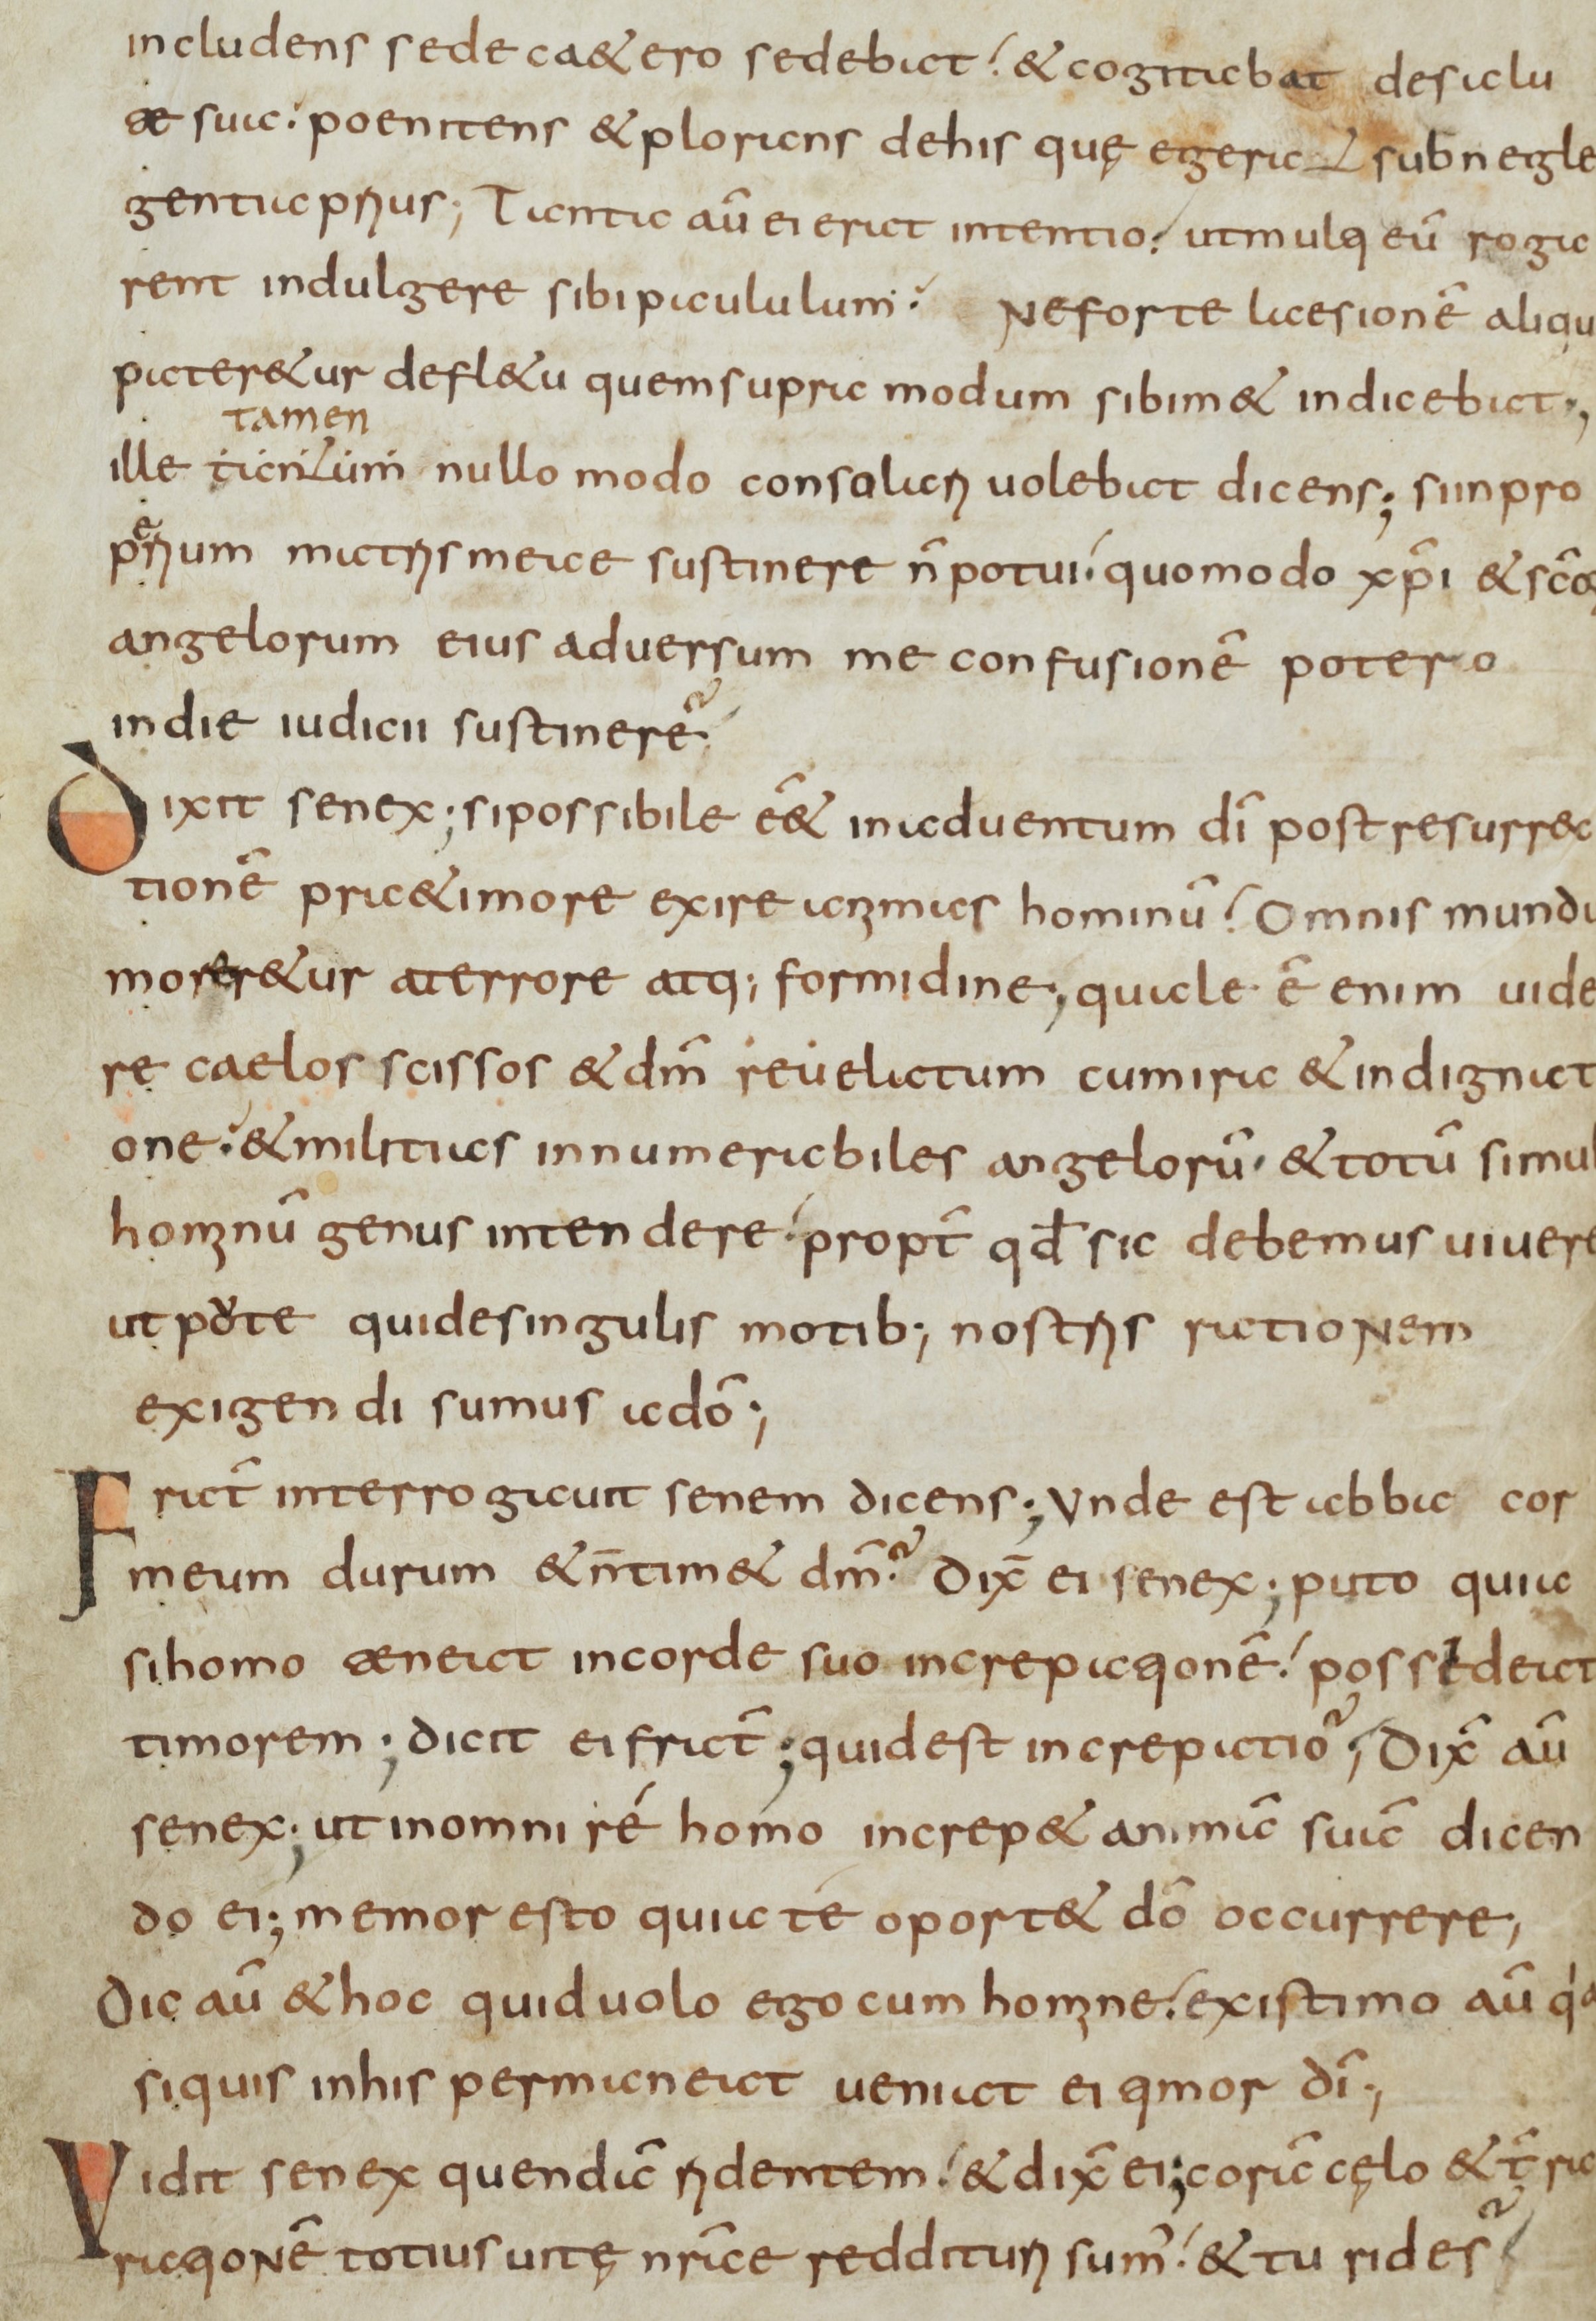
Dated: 800–849